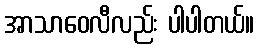
အာသာဝေလီလည်း ပါပါတယ်။